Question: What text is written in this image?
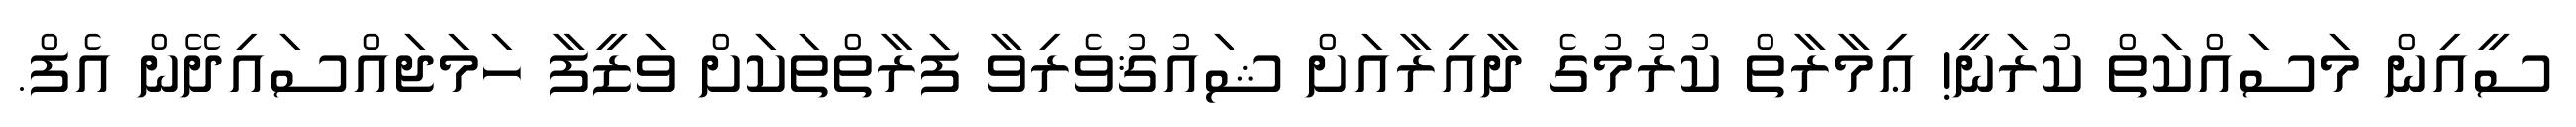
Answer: ސީއިން މަސައްކަތް ކުރަނީ! ޢިމާރާތް ކުރުމުގެ ދާއިރާއަށް ޝައުޤުވެރިވާ ފަރާތްތަކަށް ވަޒީފާ ހަމަޖައްސައިދޭން އެފް.